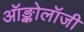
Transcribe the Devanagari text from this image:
ऑङ्कोलॉजी